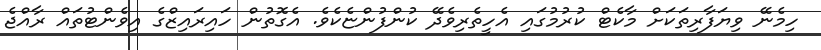
ހިމެނޭ ވިޔަފާރިތަކަށް މާކެޓް ކުރުމުގައި އެހީތެރިވެދޭ ކުންފުންޏެކެވެ. އެގޮތުން ހައިރައިޒްގެ އިވެންޓުތައް ރާއްޖެ